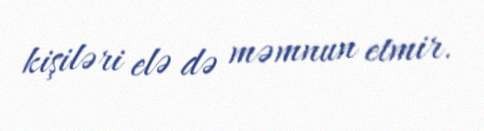
kişiləri elə də məmnun etmir.